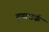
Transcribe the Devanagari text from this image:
वूडलार्क